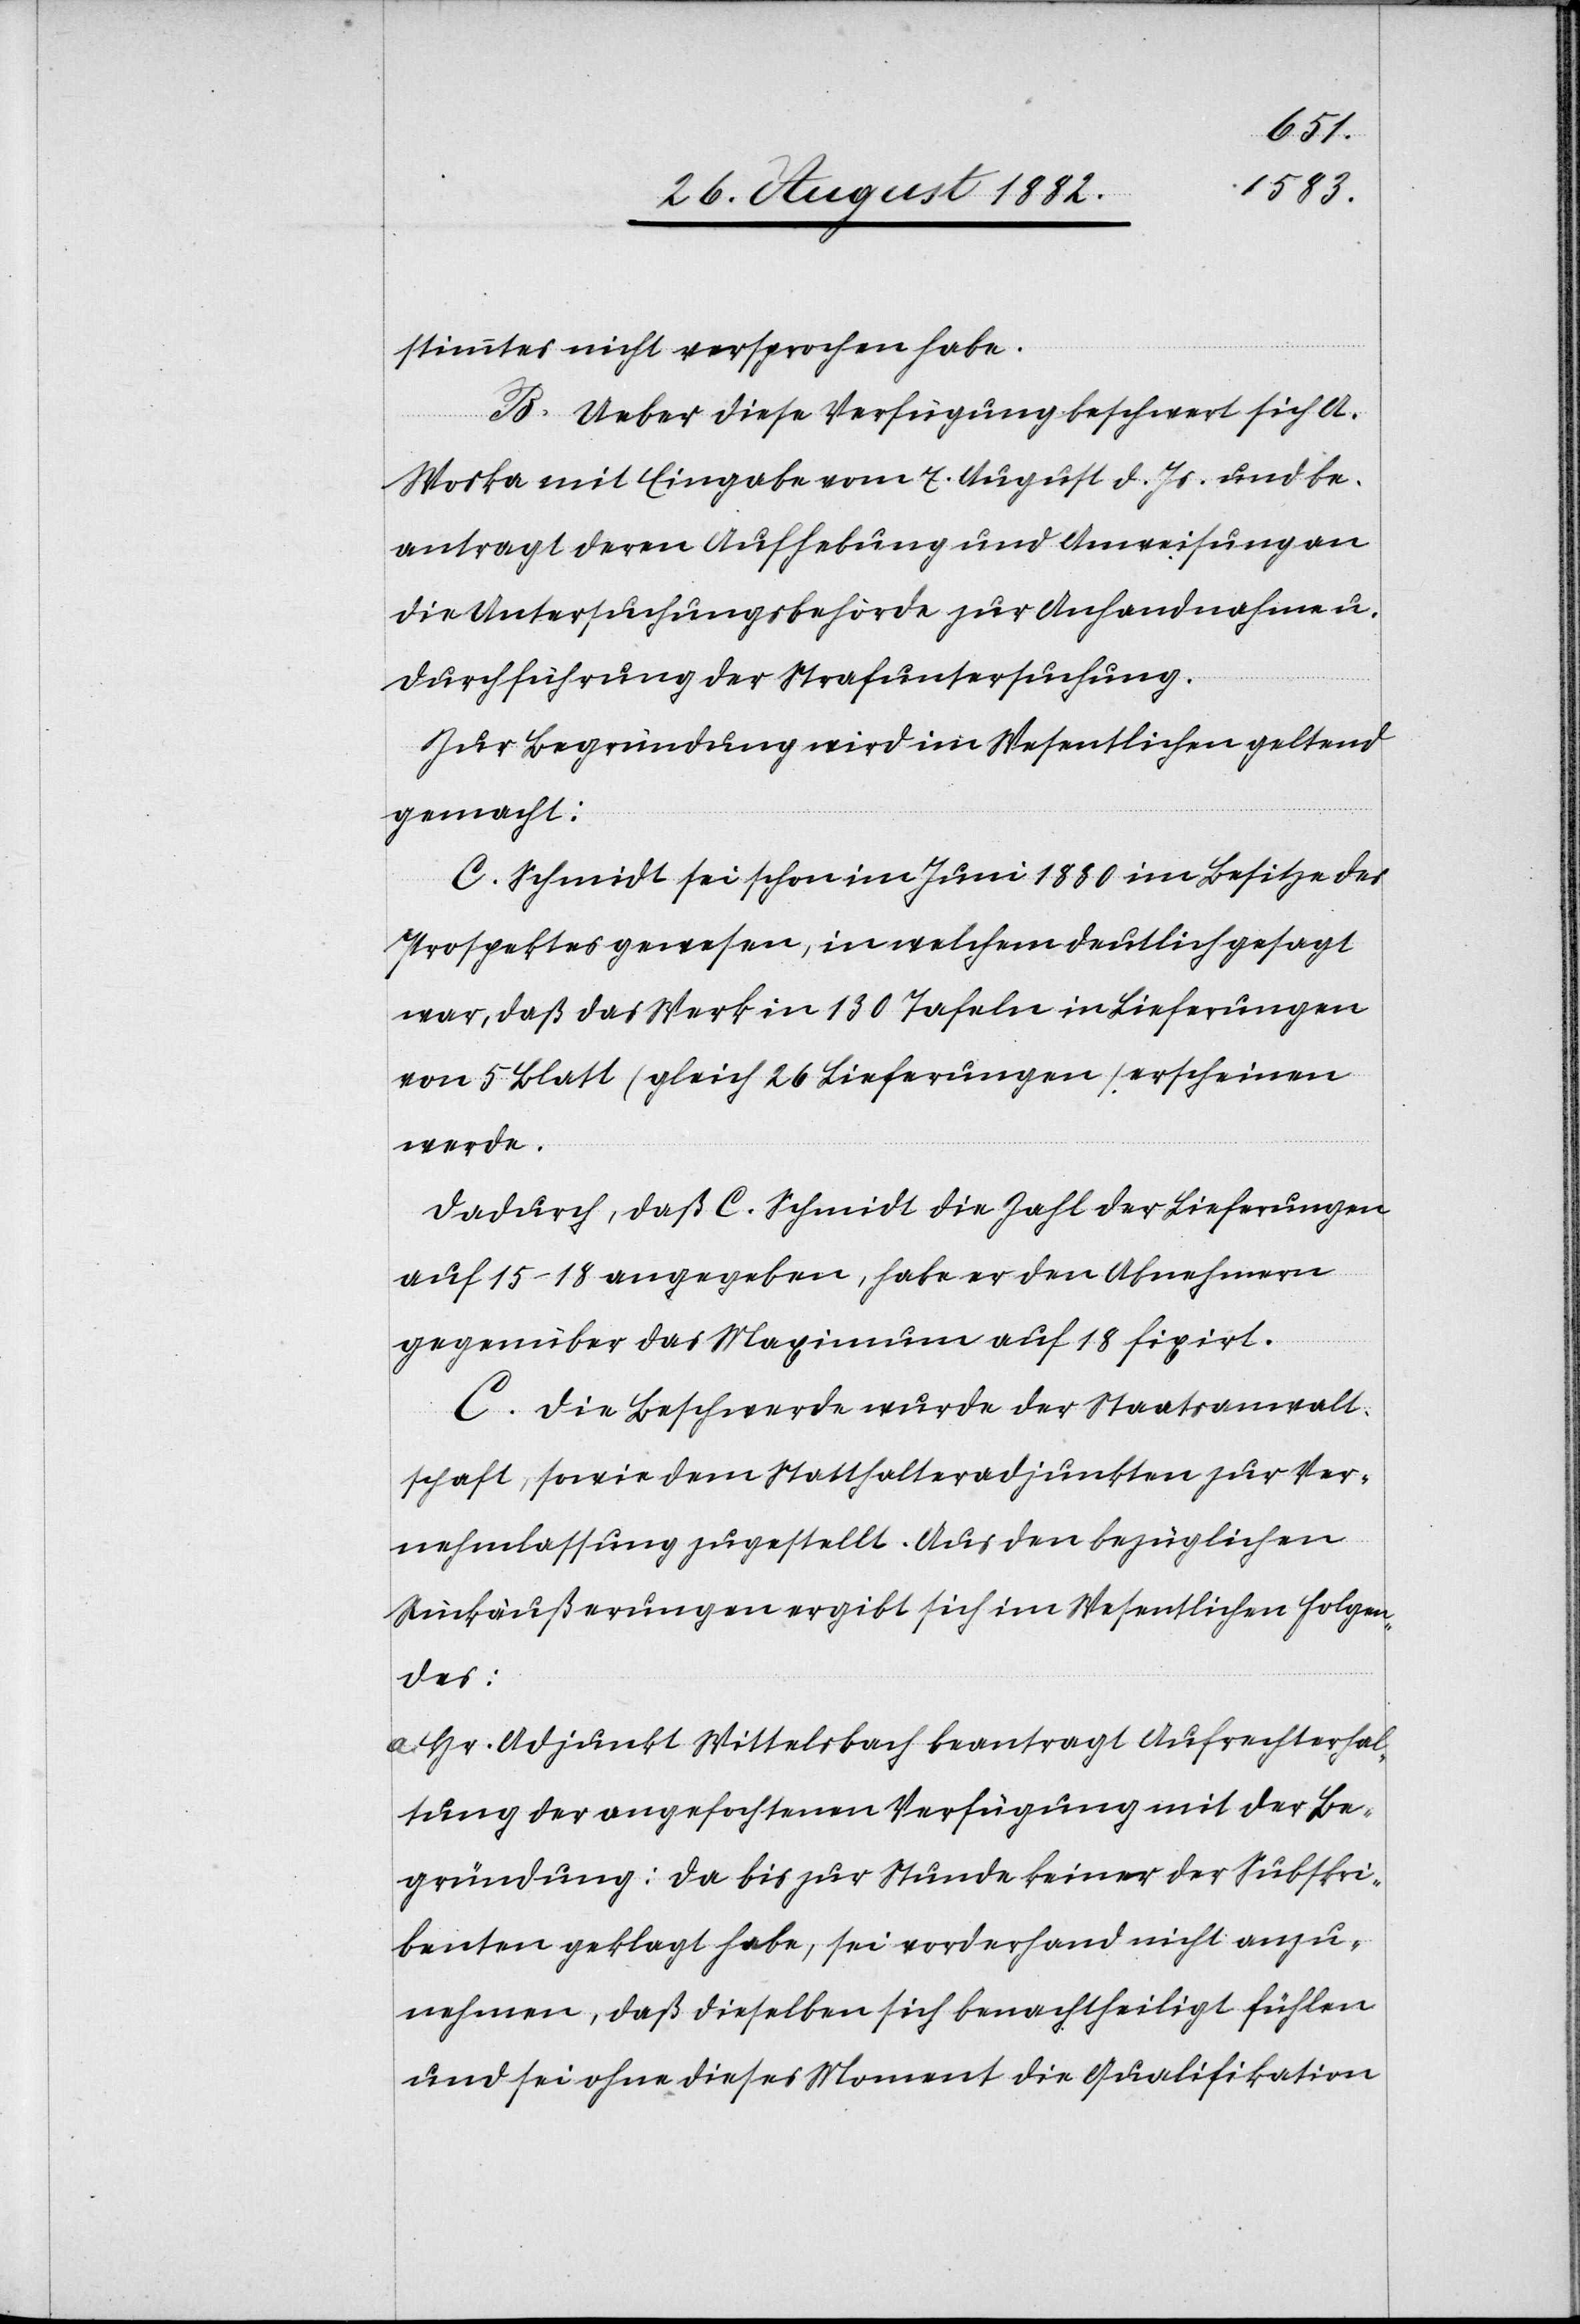
stimmtes nicht versprochen habe.
B. Ueber diese Verfügung beschwert sich A:
Stoska mit Eingabe vom 7. August d. Js. und be¬
antragt deren Aufhebung und Anweisung an
die Untersuchungsbehörde zur Anhandnahme u.
Durchführung der Strafuntersuchung.
Zur Begründung wird im Wesentlichen geltend
gemacht:
C. Schmidt sei schon im Juni 1880 im Besitze des
Prospektes gewesen, in welchem deutlich gesagt
war, daß das Werk in 130 Tafeln in Lieferungen
von 5 Blatt (gleich 26 Lieferungen)erscheinen
werde.
Dadurch, daß C. Schmidt die Zahl der Lieferungen
auf 15–18 angegeben, habe er den Abnehmern
gegenüber das Maximum auf 18 fixirt.
C. Die Beschwerde wurde der Staatsanwalt¬
schaft, sowie dem Statthalteradjunkten zur Ver¬
nehmlassung zugestellt. Aus den bezüglichen
Rückäußerungen ergibt sich im Wesentlichen Folgen¬
des:
a. Hr. Adjunkt Wittelsbach beantragt Aufrechterhal¬
tung der angefochtenen Verfügung mit der Be¬
gründung: Da bis zur Stunde keiner der Subskri¬
benten geklagt habe, sei vorderhand nicht anzu¬
nehmen, daß dieselben sich benachtheiligt fühlen
und sei ohne dieses Moment die Qualifikation